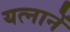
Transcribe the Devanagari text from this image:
यत्नानें